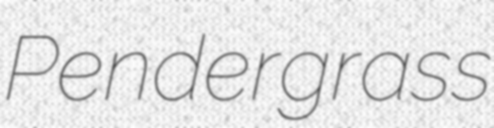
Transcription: Pendergrass